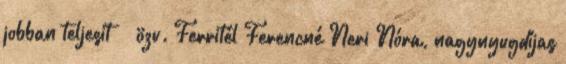
jobban teljesít ” özv. Ferritél Ferencné Neri Nóra, nagynyugdíjas